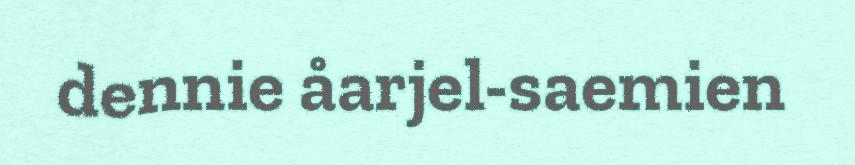
dennie åarjel-saemien